Annual report of the Central Committee of the Association together with the report of the directors of the Pasteur Institute at Kasauli
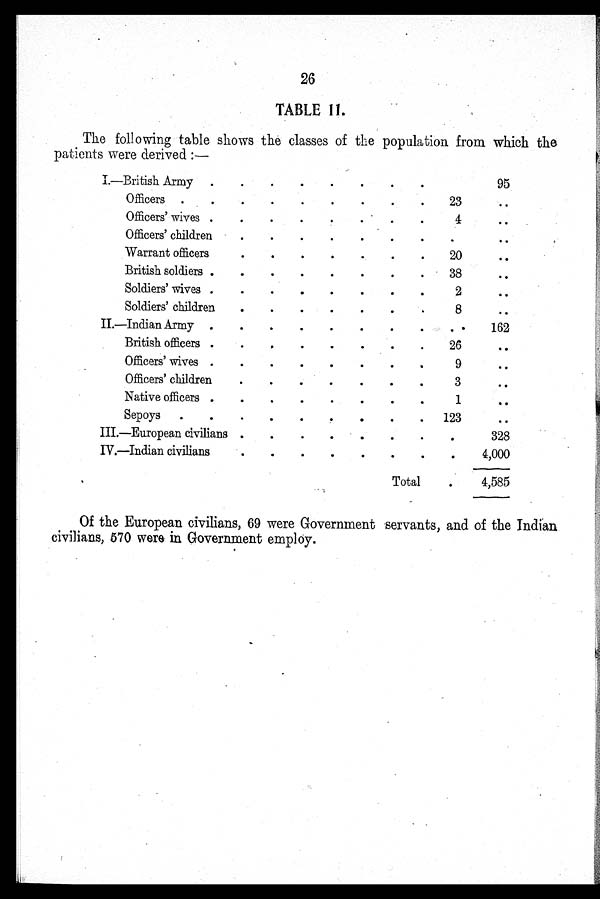
26
TABLE 11.
The following table shows the classes of the population from which the
patients were derived:—
I.—British Army
95
Officers
23
. .
Officers' wives
4
. .
Officers' children
.
. .
Warrant officers
20
. .
British soldiers
38
. .
Soldiers' wives
2
. .
Soldiers' children
8
. .
II.—Indian Army
.
162
British officers
26
..
Officers' wives
9
. .
Officers' children
3
. .
Native officers
1
. .
Sepoys
123
. .
III.—European civilians
.
328
IV.—Indian civilians
.
4,000
Total
. 4,585
Of the European civilians, 69 were Government servants, and of the Indian
civilians, 570 were in Government employ.